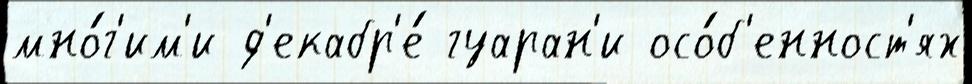
мно́г'им'и д'екабр'е́ гуаран'и осо́б'енност'ях